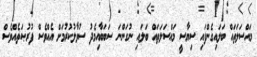
މައްސަލަތައް ބަލައިގެންފައި ސިޔާސީ މައްސަލަތައް ބަލައި ނުގަންނަ ސަބަބާއިމެދު ސުވާލުކުރުމަށް އެއްވެސް ފުރުޞަތެއްވެސް